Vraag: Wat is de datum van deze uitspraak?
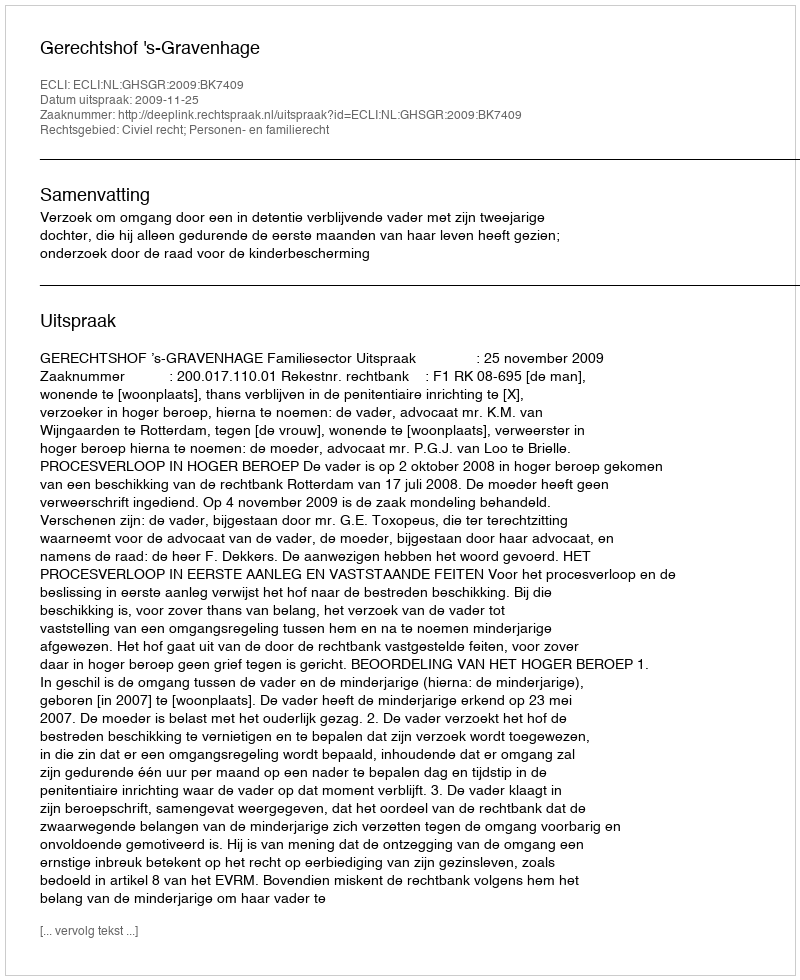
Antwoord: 2009-11-25